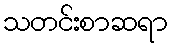
သတင်းစာဆရာ